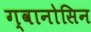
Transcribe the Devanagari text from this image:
ग्वानोसिन